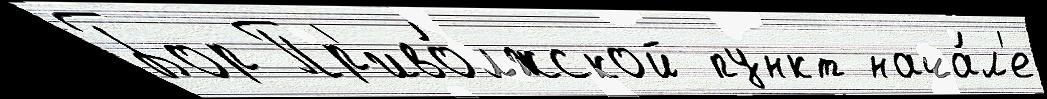
Бор Пр'иво́лжской пункт нача́л'е